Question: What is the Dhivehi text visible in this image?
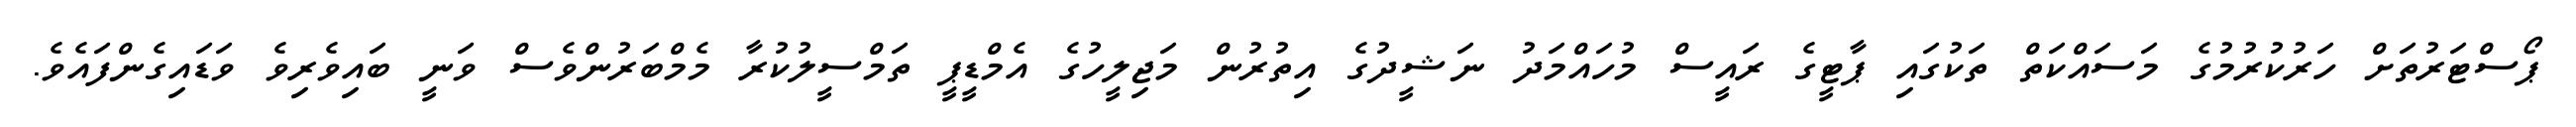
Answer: ޕޯސްޓަރުތަށް ހަރުކުރުމުގެ މަސައްކަތް ތަކުގައި ޕާޓީގެ ރައީސް މުހައްމަދު ނަޝީދުގެ އިތުރުން މަޖިލީހުގެ އެމްޑީޕީ ތަމްސީލުކުރާ މެމްބަރުންވެސް ވަނީ ބައިވެރިވެ ވަޑައިގެންފައެވެ.